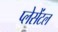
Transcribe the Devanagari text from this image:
प्लेसेंटल